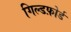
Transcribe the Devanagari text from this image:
गिल्डफ़ोर्ड